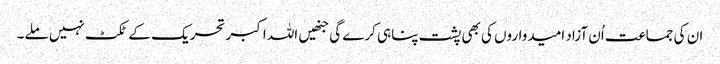
ان کی جماعت اُن آزاد امیدواروں کی بھی پشت پناہی کرے گی جنھیں اللہ اکبر تحریک کے ٹکٹ نہیں ملے۔